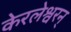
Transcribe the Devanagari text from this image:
केरलेश्वरन्